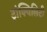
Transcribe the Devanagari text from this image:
ट्रांक्विलिटी